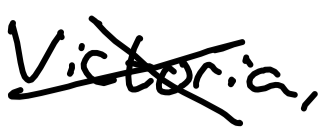
Text: Victoria,
Cross-out: mix
Writing tool: digital_black